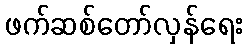
ဖက်ဆစ်တော်လှန်ရေး